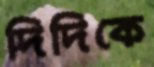
দিদিকে